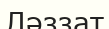
Ләззат